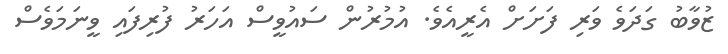
ޒުވާބު ގަދަވެ ވަރި ފަށަށް އެރީއެވެ. އުމުރުން ސައުވީސް އަހަރު ފުރިފައި ވީނަމަވެސް